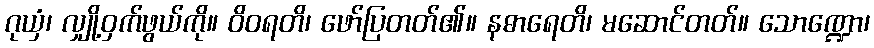
ဂုယှံ၊ လျှို့ဝှက်ဖွယ်ကို။ ဝိဝရတိ၊ ဖော်ပြတတ်၏။ နဓာရေတိ၊ မဆောင်တတ်။ သောဏ္ဍော၊